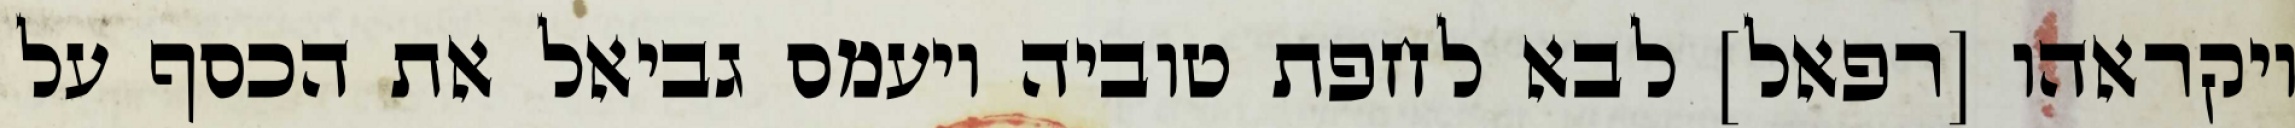
ויקראהו [רפאל] לבא לחפת טוביה ויעמס גביאל את הכסף על